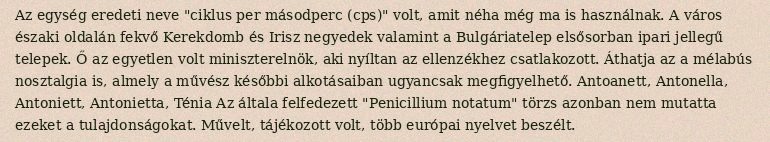
Az egység eredeti neve "ciklus per másodperc (cps)" volt, amit néha még ma is használnak. A város északi oldalán fekvő Kerekdomb és Irisz negyedek valamint a Bulgáriatelep elsősorban ipari jellegű telepek. Ő az egyetlen volt miniszterelnök, aki nyíltan az ellenzékhez csatlakozott. Áthatja az a mélabús nosztalgia is, almely a művész későbbi alkotásaiban ugyancsak megfigyelhető. Antoanett, Antonella, Antoniett, Antonietta, Ténia Az általa felfedezett "Penicillium notatum" törzs azonban nem mutatta ezeket a tulajdonságokat. Művelt, tájékozott volt, több európai nyelvet beszélt.